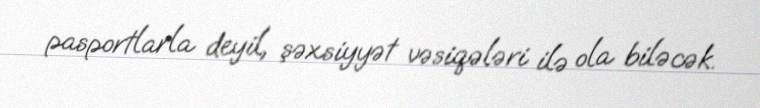
pasportlarla deyil, şəxsiyyət vəsiqələri ilə ola biləcək.